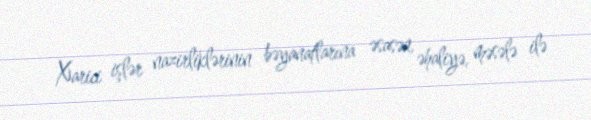
Xarici işlər nazirliklərinin bəyanatlarına əsasən, əhaliyə, məsələ ilə